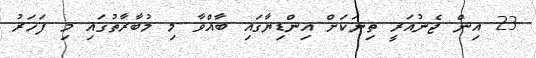
23 އިން ޖެނުއަރީ ތިނަަކަށް އިންޑިޔާގައި ބާއްވާ މި މުބާރާތުގައި މި ފަހަރު